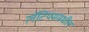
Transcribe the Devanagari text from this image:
लॅटियममधील